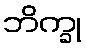
ဘိက္ခု